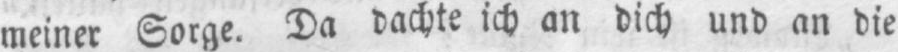
meiner Sorge. Da dachte ich an dich und an die